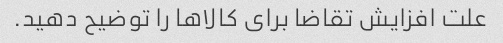
علت افزایش تقاضا برای کالاها را توضیح دهید.